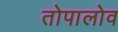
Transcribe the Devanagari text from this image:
तोपालोव